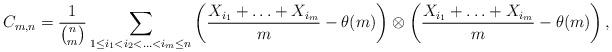
LaTeX: \begin{align*}C_{m, n} = \frac{1}{{n\choose m}}\sum_{1\leq i_{1}<i_{2}<\ldots<i_{m}\leq n} \left(\frac{X_{i_{1}} + \ldots + X_{i_{m}}}{m} - \theta (m)\right)\otimes\left(\frac{X_{i_{1}} + \ldots + X_{i_{m}}}{m} - \theta (m)\right), \end{align*}